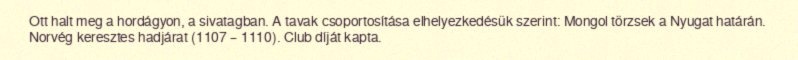
Ott halt meg a hordágyon, a sivatagban. A tavak csoportosítása elhelyezkedésük szerint: Mongol törzsek a Nyugat határán. Norvég keresztes hadjárat (1107 – 1110). Club díját kapta.